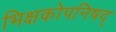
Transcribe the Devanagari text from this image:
भिक्षकोपनिषद्